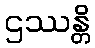
ဌဿန္တိ